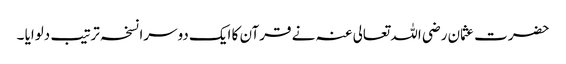
حضرت عثمان رضی اللہ تعالی عنہ نے قرآن کا ایک دوسرا نسخہ ترتیب دلوایا ۔